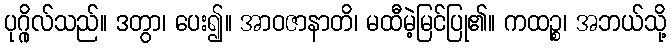
ပုဂ္ဂိုလ်သည်။ ဒတွာ၊ ပေး၍။ အာဝဇာနာတိ၊ မထီမဲ့မြင်ပြု၏။ ကထဉ္စ၊ အဘယ်သို့